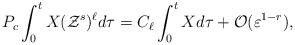
LaTeX: \begin{align*}P_{c}\int_{0}^{t}X( \mathcal{Z}^{s}) ^{\ell }d\tau =C_{\ell}\int_{0}^{t}Xd\tau +\mathcal{O}(\varepsilon ^{1-r}), \end{align*}